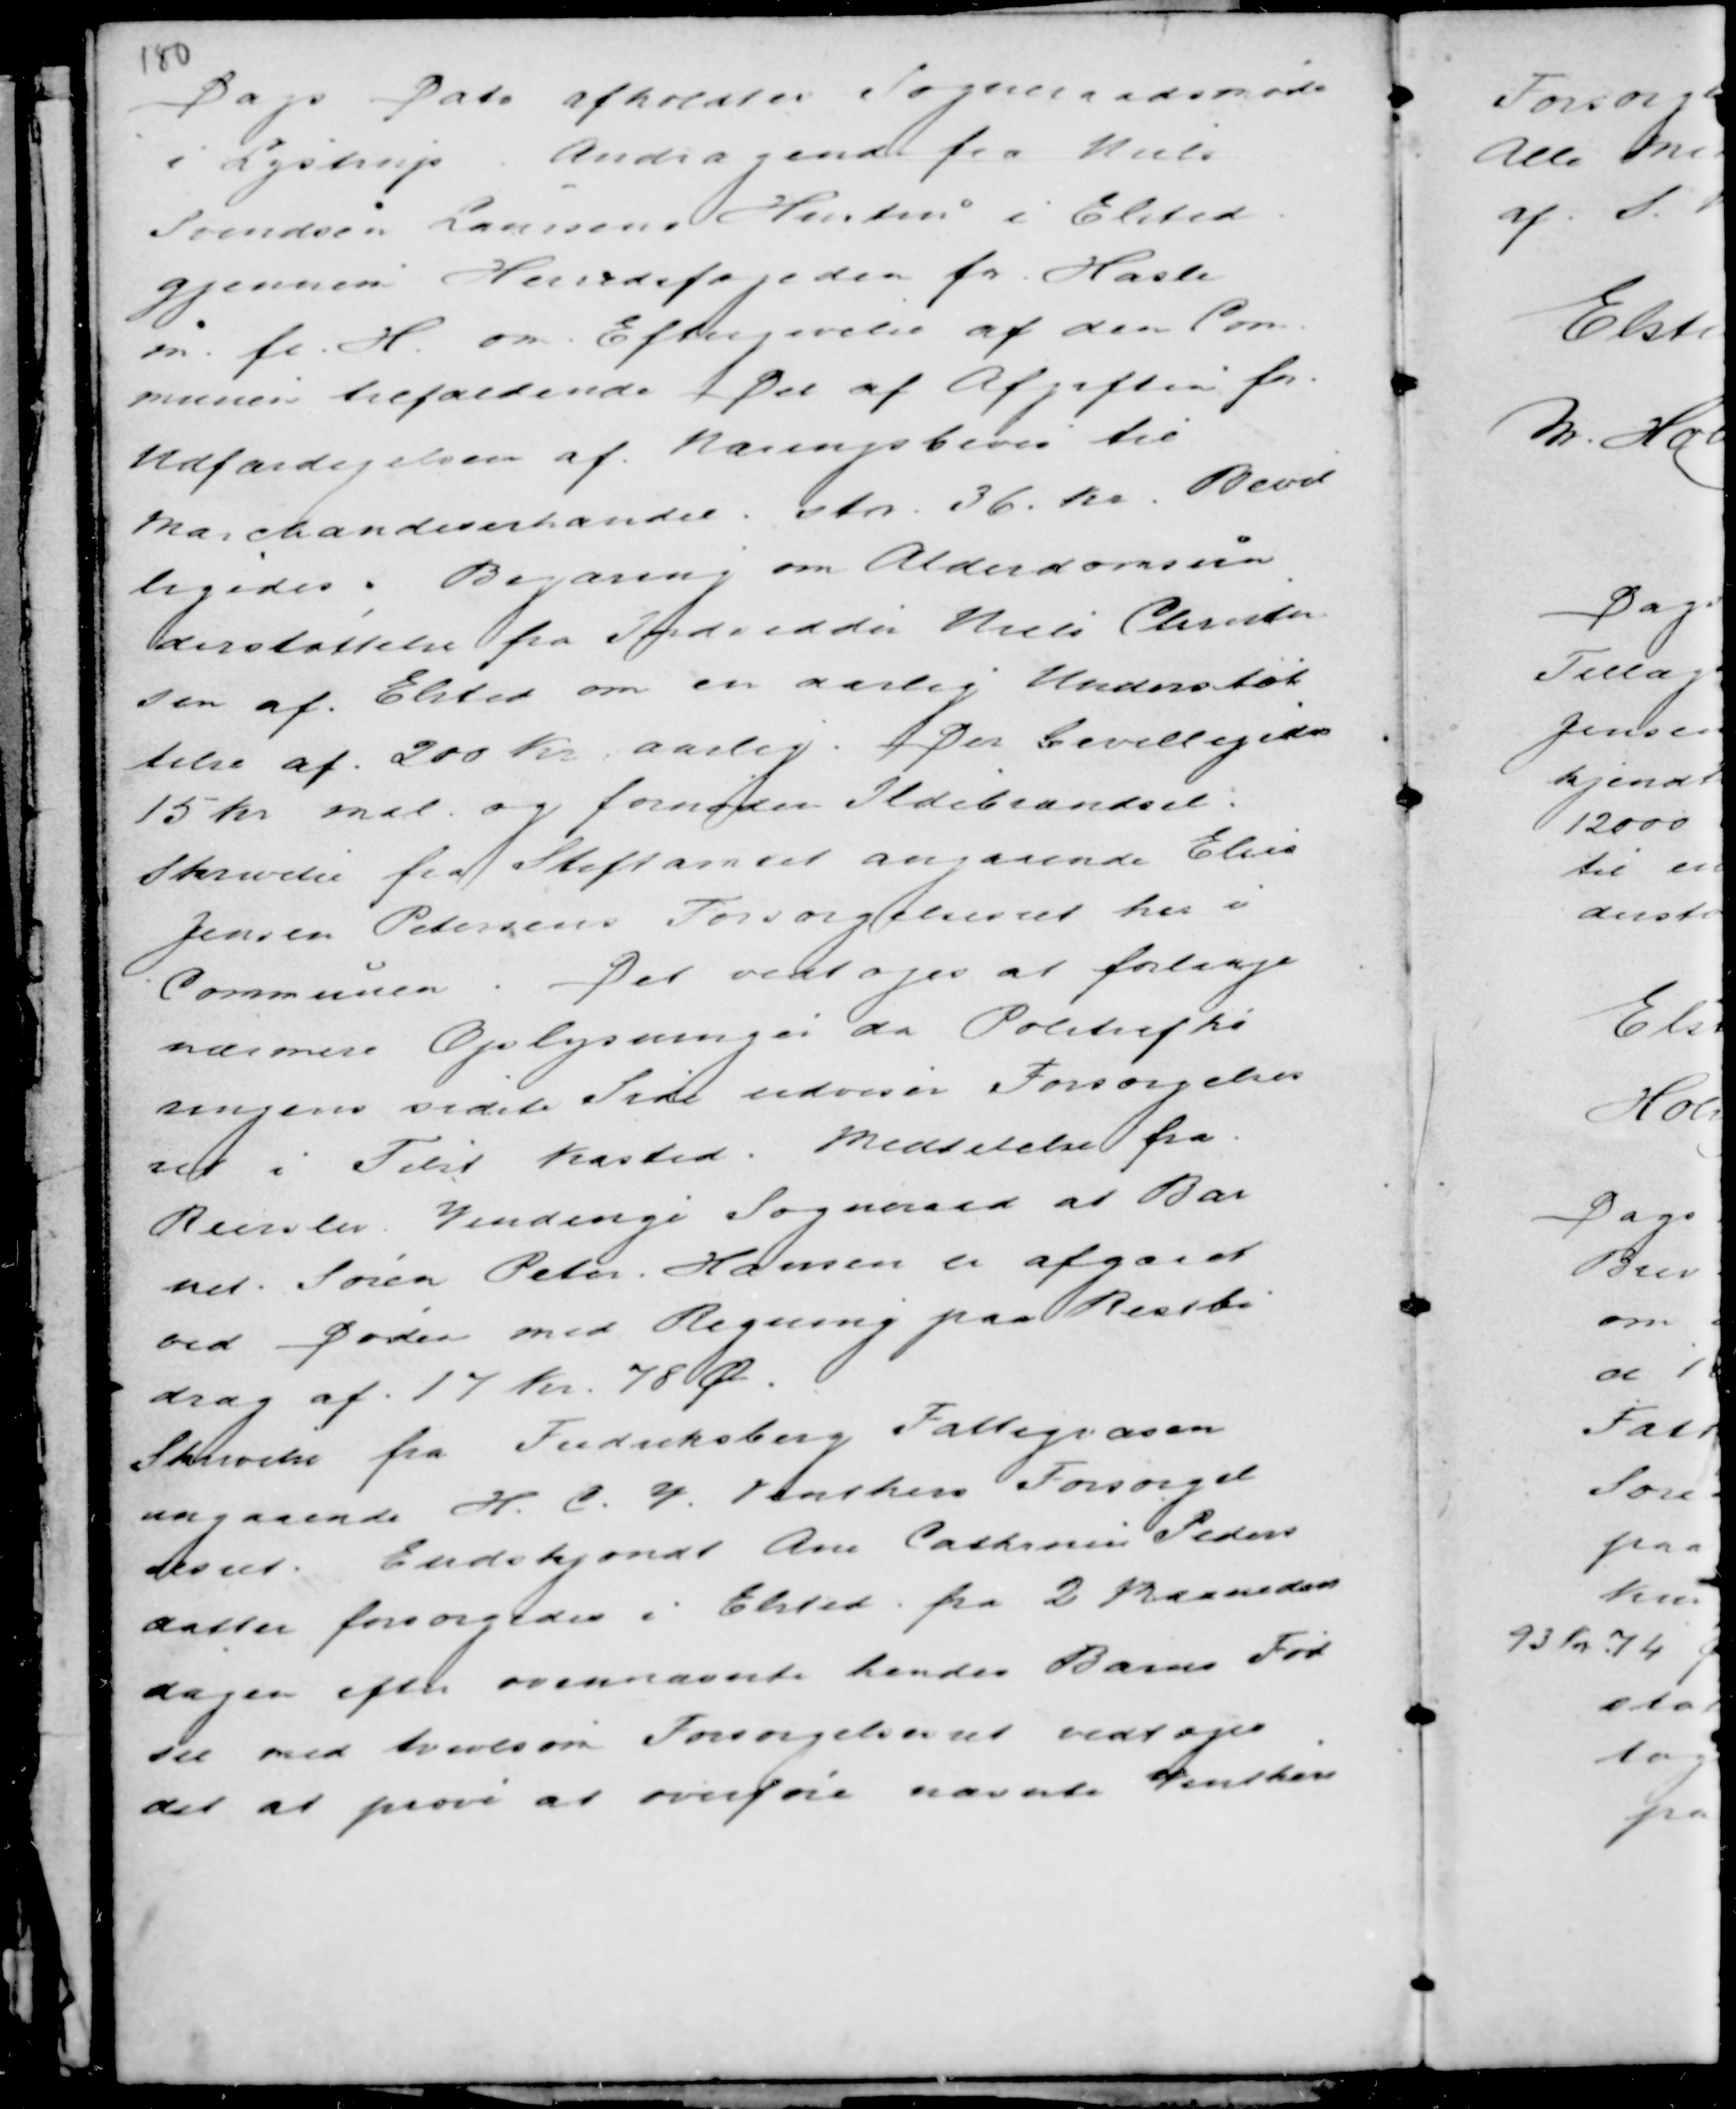
Transskription:
Dags Dato afholdtes Sogneraadsmøde
i Lystrup . Andragende fra Niels
Svendsen Laursens Hustru i Elsted
gjennem Herredsfogeden for Hasle
m.fl. H. om Eftergivelse af den Com
munen tilfaldende Del af Afgiften for
Udfærdigelsen af Næringsbevis til
Marchandiserhandel stor 36 Kr. Bevil
gedes. Begæring om Alderdomsun
derstøttelse fra Skrædder Niels Christen
sen af Elsted om en aarlig Understøt
telse af 200 Kr aarlig. Der Bevilligedes
15 Kr mdl og foruden Ildebrændsel.
Skrivelse fra Stiftamtet angaaende Elias
Jensen Petersens Forsørgelsesret her i
Communen. Det vedtoges at forlange
nærmere Oplysninger da Politiafhø
ringens sidste Side udviser Forsørgelses
ret i Tilst Kasted. Meddelelse fra
Reerslev Vindinge Sogneraad at Bar
net Søren Peter Hansen er afgaaet
ved Døden med Regning paa Restbi
drag af 17 Kr 78 Ø.
Skrivelse fra Frederiksberg Fattigvæsen
angaaende H. C. V. Vinthers Forsørgel
sesret. Endskjøndt Ane Cathrine Peders
datter forsøgedes i Elsted fra 2 Maaneders
dagen efter ovennævnte hendes Barns Fød-
sel med tvivlsom Forsørgelsesret vedtoges
det at prøve at overføre nævnte Vinthers